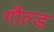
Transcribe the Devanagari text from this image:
गौल्ड